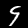
Label: 9